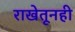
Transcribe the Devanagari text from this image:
राखेतूनही